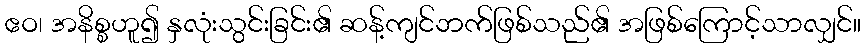
ဧဝ၊ အနိစ္စဟူ၍ နှလုံးသွင်းခြင်း၏ ဆန့်ကျင်ဘက်ဖြစ်သည်၏ အဖြစ်ကြောင့်သာလျှင်။